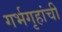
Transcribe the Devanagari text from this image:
गर्भगृहांची